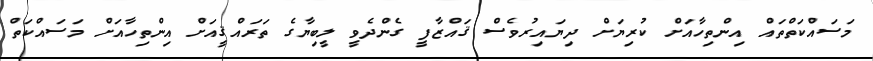
މަސައްކަތްތައް އިންތިހާއަށް ކުރިޔަށް ދިޔައިރުވެސް ޤައްޒާފީ ގެންދެވީ ލީބިޔާގެ ތަރައްޤީއަށް އިންތިހާއަށް މަސައްކަތް